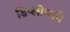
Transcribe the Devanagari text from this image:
डिप्लोमसी